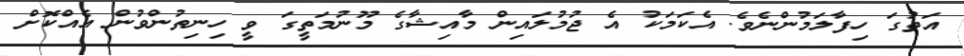
އަތުގަ ހިފާލަމުންނެވެ. އެކަމަކު އެ ޖުމުލައިން މާއިޝާގެ މޫނުމަތީގަ ވީ ހިނިތުންވުން އެއްކޮށް